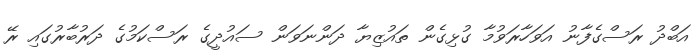
އަބްދު ރަސްގެފާނު އަވަހާރަވުމާ ގުޅިގެން ތައުޒިޔާ ދަންނަވަން ސައުދީގެ ރަސްކަމުގެ ދަރުބާރުގައި ރޭ